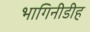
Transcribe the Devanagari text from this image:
भागिनीडीह